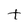
Character: t